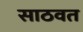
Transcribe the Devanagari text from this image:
साठवत